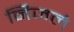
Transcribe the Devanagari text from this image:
निजले